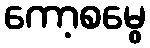
ကော့စမွေ